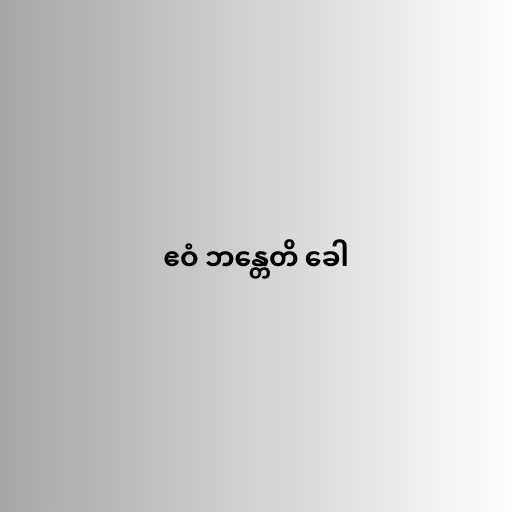
ဧဝံ ဘန္တေတိ ခေါ